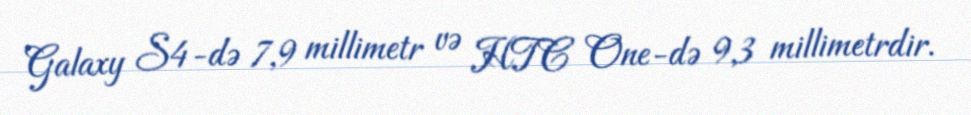
Galaxy S4-də 7,9 millimetr və HTC One-də 9,3 millimetrdir.